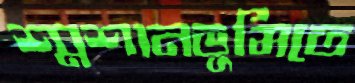
শ্মশানভূমিতে